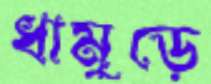
ধামুড়ে